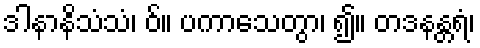
ဒါနာနိသံသံ၊ ဝ်။ ပကာသေတွာ၊ ၍။ တဒနန္တရံ၊